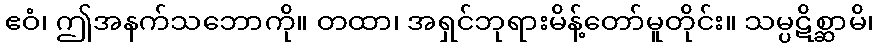
ဧဝံ၊ ဤအနက်သဘောကို။ တထာ၊ အရှင်ဘုရားမိန့်တော်မူတိုင်း။ သမ္ပဋိစ္ဆာမိ၊